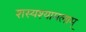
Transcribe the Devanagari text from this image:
शस्यश्यामलाम्